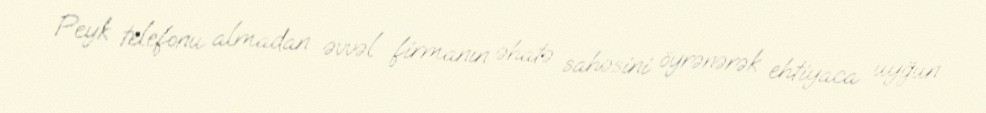
Peyk telefonu almadan əvvəl firmanın əhatə sahəsini öyrənərək ehtiyaca uyğun